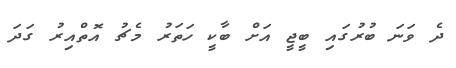
ދެ ވަނަ ބުރުގައި ބީޖީ އަށް ބާކީ ހަތަރު މެޗު އޮތްއިރު ގަދަ